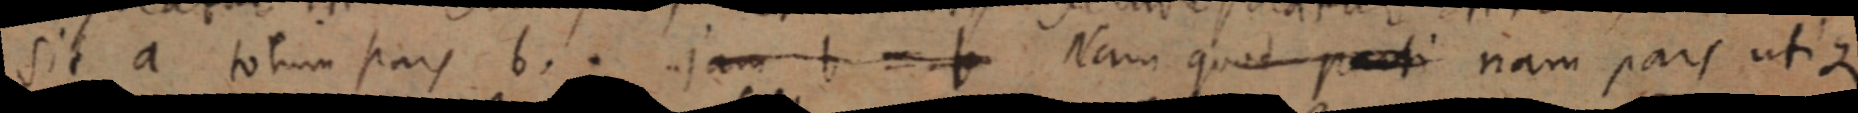
sit a totum pars b. jam b = b Nam quod parti nam pars utique